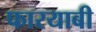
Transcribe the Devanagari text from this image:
फारयाबी